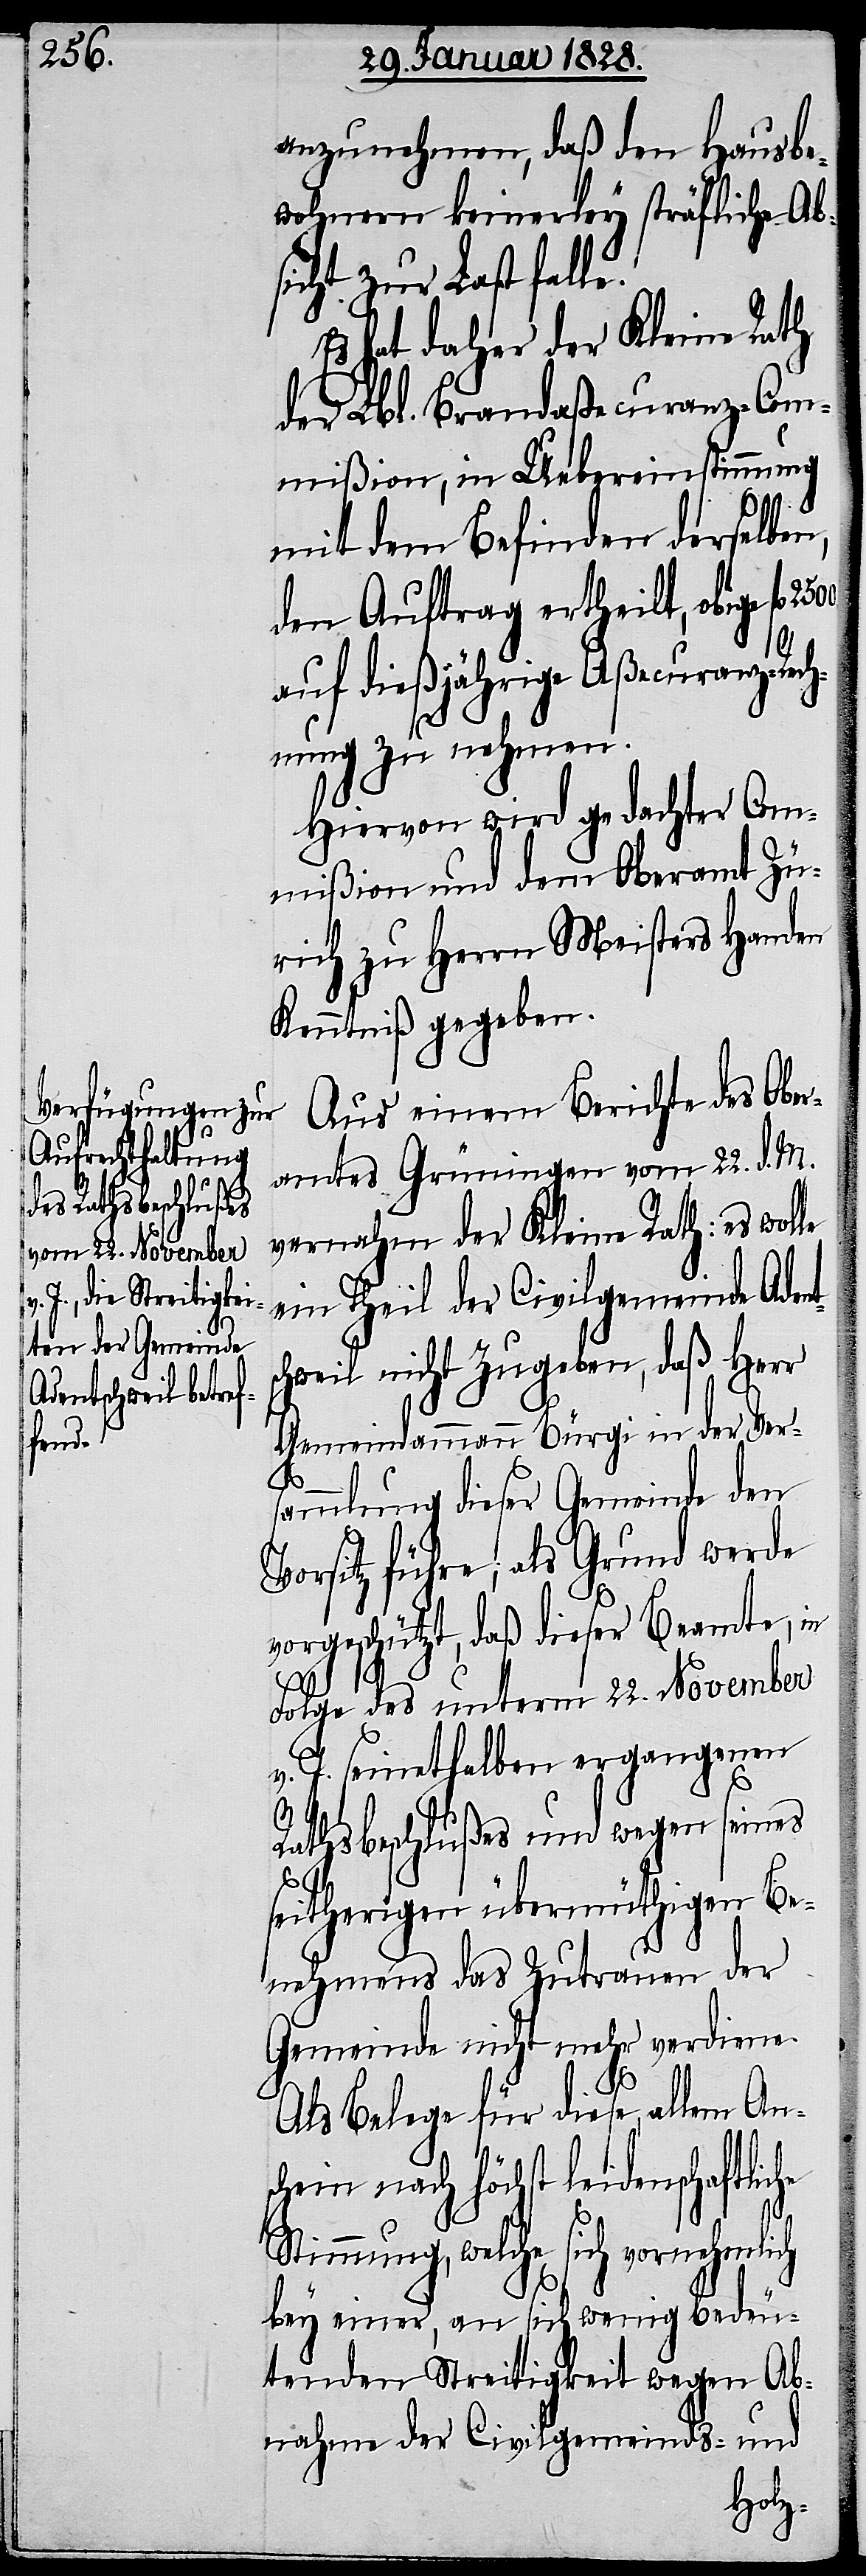
2500.

anzunehmen, daß den Hausbe¬
wohnern keinerley sträfliche Ab¬
sicht zur Last falle.
Es hat daher der Kleine Rath
der Lbl. Brandaßecuranz-Com¬
mißion, in Uebereinstimmung
nts¬
mit dem Befinden derselben,
den Auftrag ertheilt, obige fl.
auf dießjährige Aßecuranz-Rec¬
hnung zu nehmen.
Hiervon wird gedachter Com¬
mißion und dem Oberamt Zü¬
rich zu Herrn Meisters Handen
Kenntniß gegeben.
Aus einem Berichte des Ober¬
amtes Grüningen vom 22. d. M.
vernahm der Kleine Rath: es wolle
ein Theil der Civilgemeinde Ade¬
chweil nicht zugeben, daß Herr
Gemeindammann Bürgi in der Ver¬
sammlung dieser Gemeinde den
Vorsitz führe, als Grund werde
vorgeschützt, daß dieser Beamte, in
Folge des unterm 22. November
v. J. seinethalben ergangenen
Rathsbeschlußes und wegen seines
seitherigen übermüthigen Be¬
nehmens des Zutrauen der
Gemeinde nicht mehr verdiene.
Als Belege für diese, allem Ans¬
chein nach höchst leidenschaftlic¬
he
Stimmung, welche sich vornehmlich
bey einer, an sich wenig bedeu¬
tenden Streitigkeit wegen Ab¬
nahme der Civilgemeinds- und